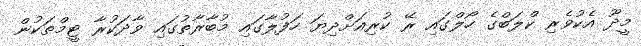
މީދޫ އެކުވެރި ކްލަބްގެ ހޯލްގައި ރޭ ކުރިއަށްދިޔަ ހަފުލާގައި މުބާރާތުގައި ވާދަކުރާ ޓީމްތަކުން